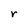
Character: r